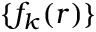
\{ f _ { k } ( r ) \}